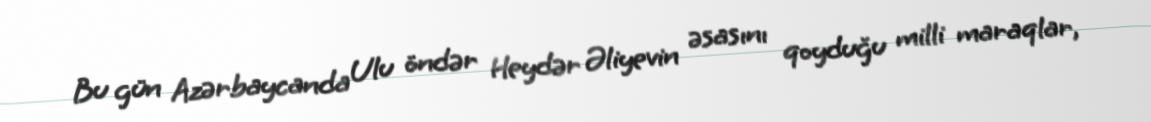
Bu gün Azərbaycanda Ulu öndər Heydər Əliyevin əsasını qoyduğu milli maraqlar,